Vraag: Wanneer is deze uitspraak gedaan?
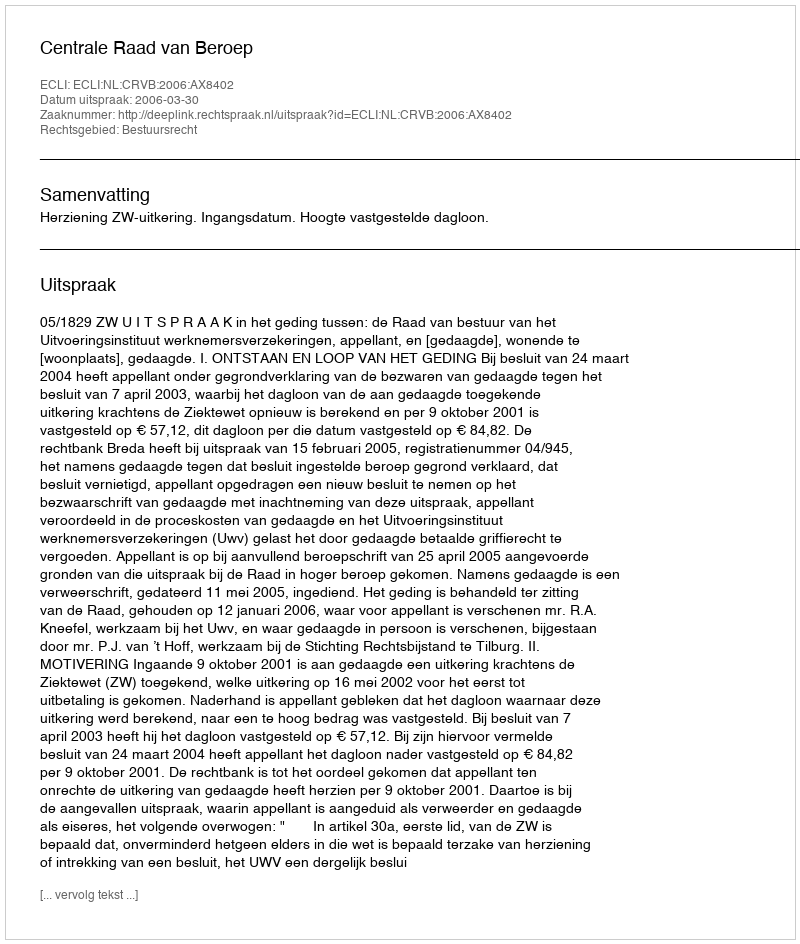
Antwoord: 2006-03-30